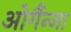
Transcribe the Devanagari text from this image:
ओर्गैन्जा